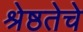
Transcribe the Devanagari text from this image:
श्रेष्ठतेचे